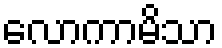
လောကာမိသာ